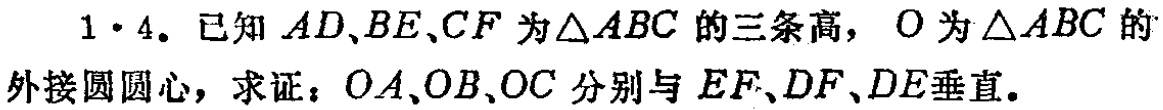
1·4. 已知 \(AD,BE,CF\) 为\(\triangle ABC\) 的三条高，\(O\) 为\(\triangle ABC\) 的外接圆圆心，求证：\(OA,OB,OC\) 分别与 \(EF,DF,DE\)垂直。